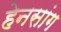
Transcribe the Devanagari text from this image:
हेनसांग